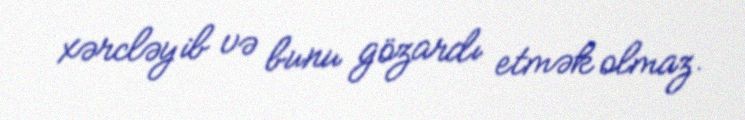
xərcləyib və bunu gözardı etmək olmaz.